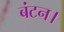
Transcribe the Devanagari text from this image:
बंटन।